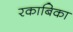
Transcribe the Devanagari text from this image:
रकाबिका